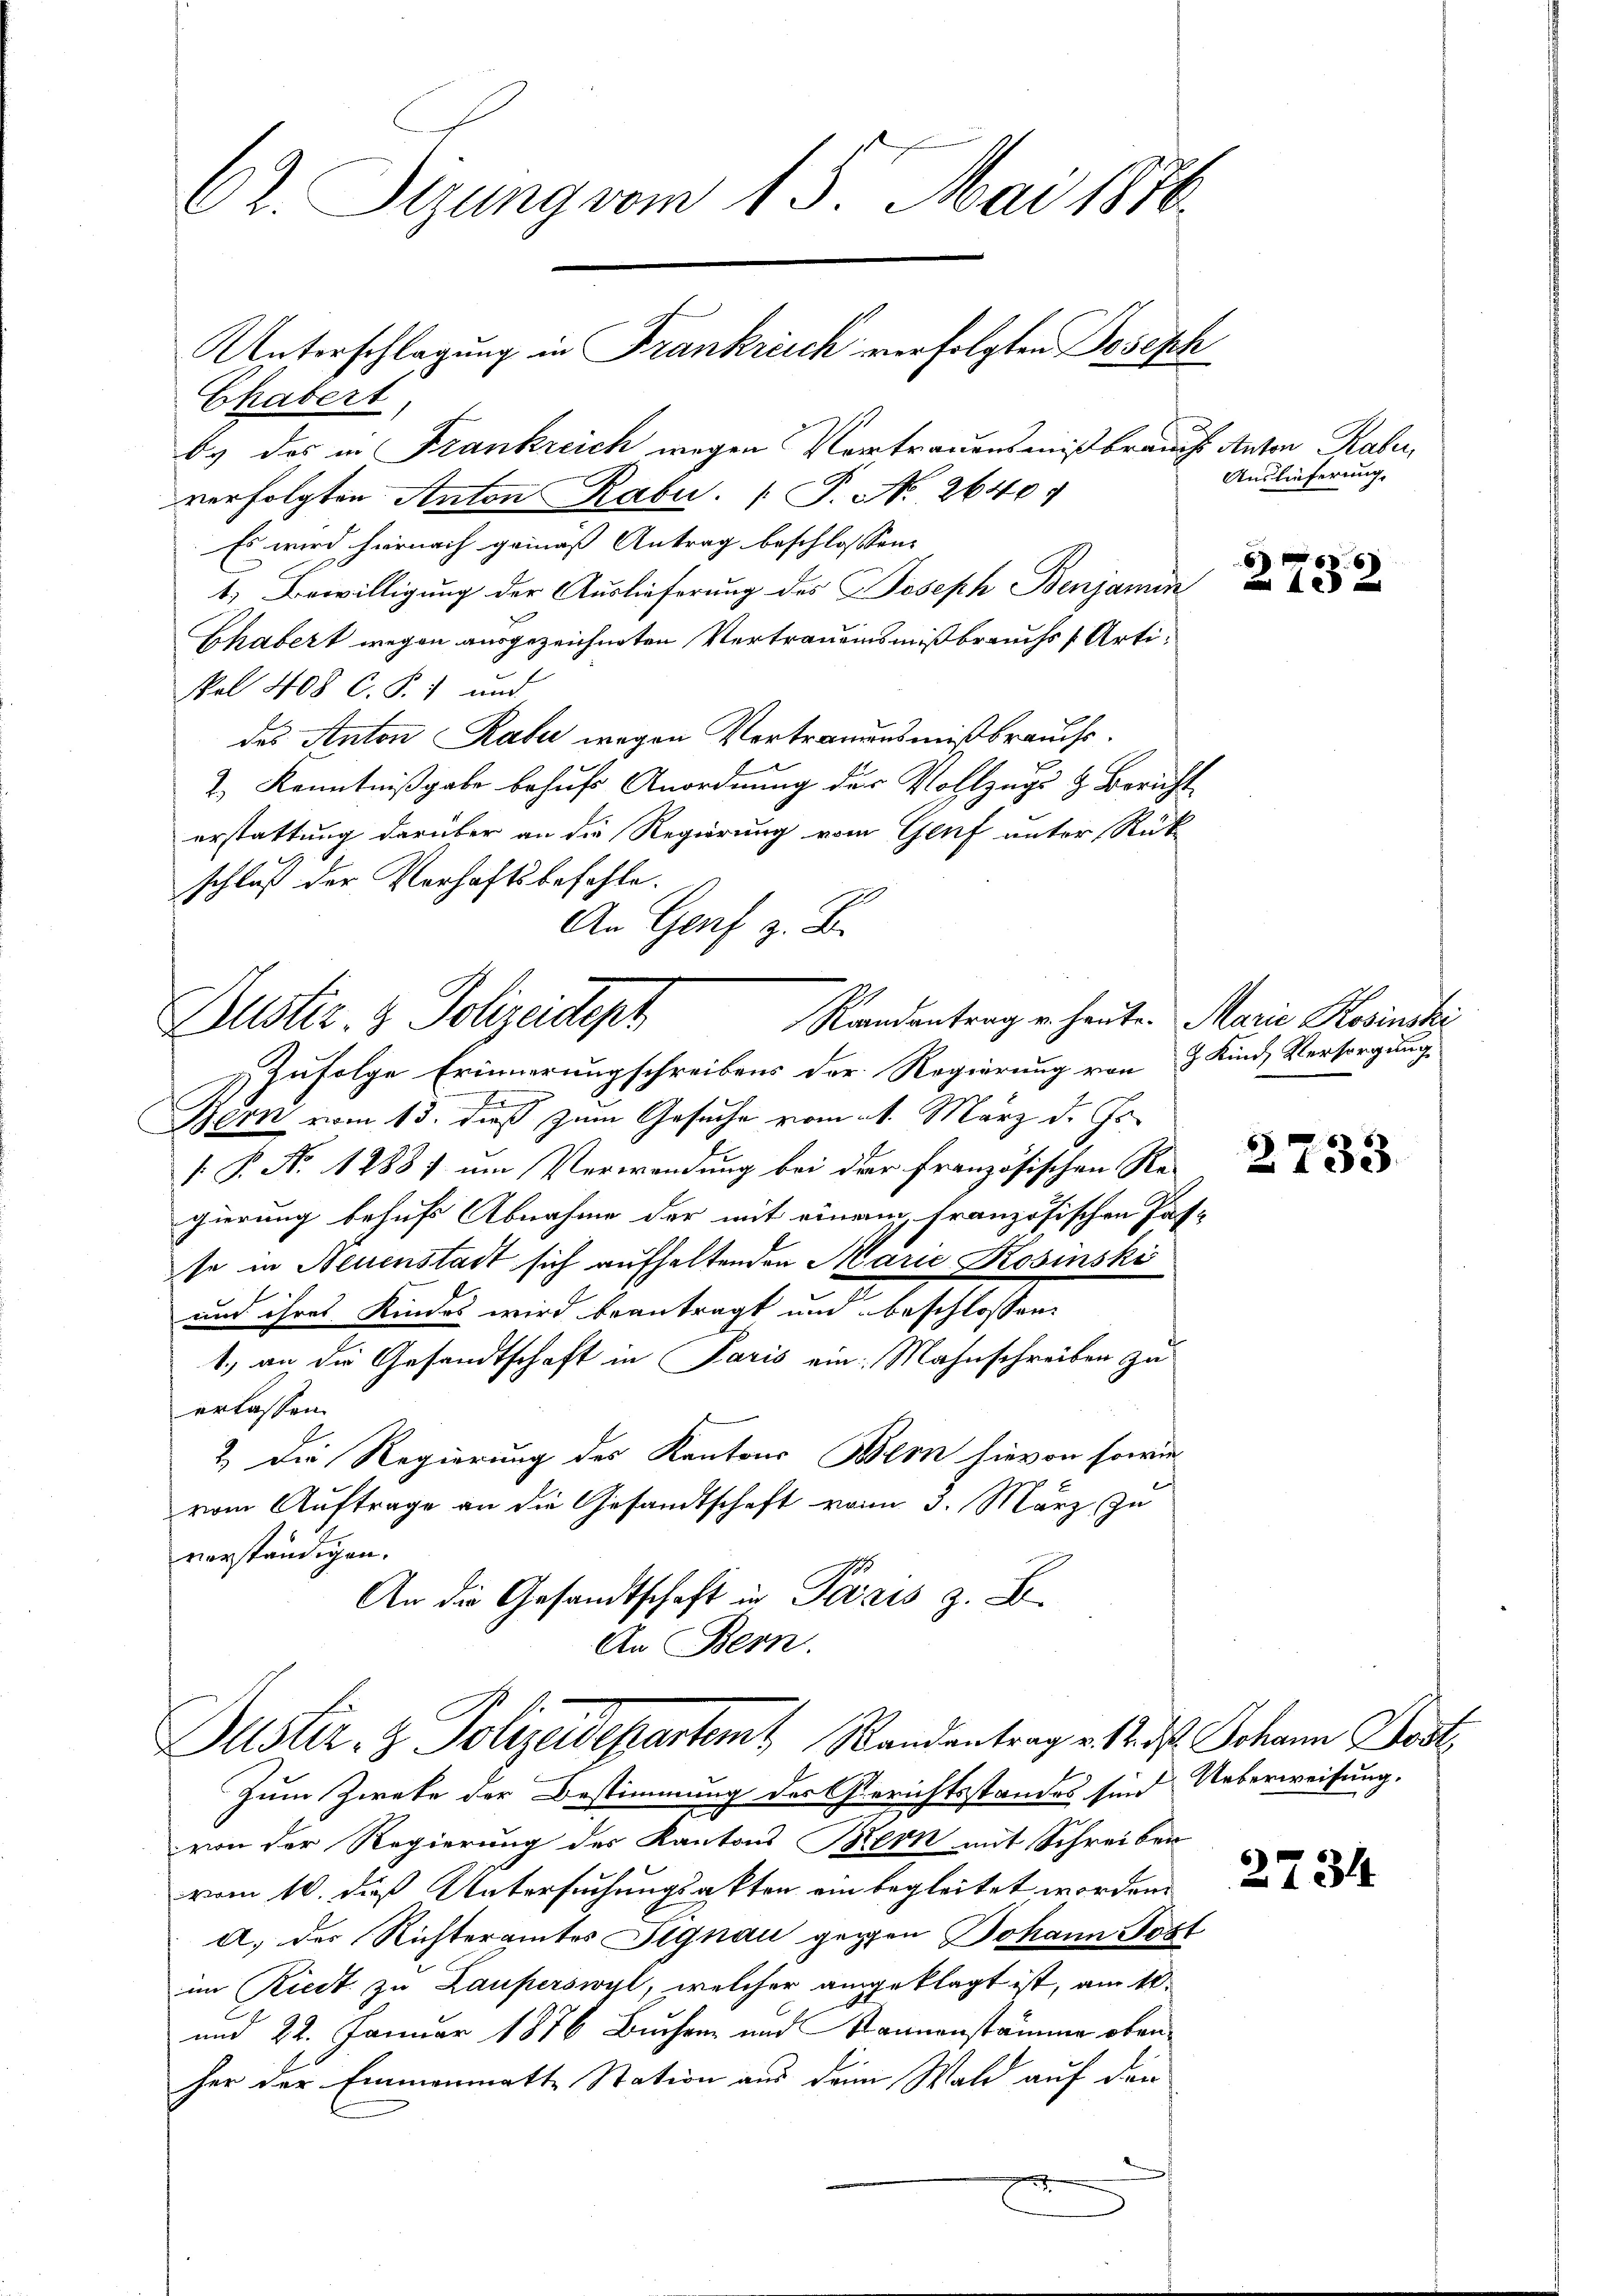
62. Sizung vom 15. Mai 1870.
Unterschlagung in Frankreich verfolgten Joseph
Chabert,
b. das in Frankreich wegen Vertrauensmißbrauchs Anton Raber,
verfolgten Anton Rabu. (T. No. 2640.
Es wird hiernach gemäß Antrag beschlossen:

1) Bewilligung der Auslieferung des Joseph Benjamin
Ghabert wegen ausgezeichneten Vertrauensmißbrauchs Arti¬
Wal 408 C. P. 1 und
das Anton Rabe wegen Vertrauensmißbrauchs¬
2.) Kenntnißgabe behufs Anordnung der Vollzugs- & Bericht
erstattung darüber an die Regierung vom Genf unter Rükschluß der Verhaftsbefehle.
An Genf z. B.
Randantrag u. heute. Marie Kosinski
Justiz- & Polizeident
Zufolge Erinnerungschreibens der Regierung von 3 Kind, Versorgung
E
Bern vom 13. dieß zum Gesuche vom 21. März d. Js.
. P. Nr. 12881 um Verwendung bei der Französischen Re
gierung behufs Abnahme der mit einem französischen Pas
se in Neuenstadt sich aufhaltenden Marie Kosinski
und ihres Kindes wird beantragt und beschlossen:
1.) an die Gesandtschaft in Paris ein: Mahnschreiben zu
erlassen.
2. Die Regierung des Kantons Bern hievon sowie
vom Auftrage an die Gesandtschaft vom 3. März zu
vorständigen.
An die Gesandtschaft in Pizzis z. B.

An Bern.
Justiz- & Polizeidepartemt, Randantrag v. 12. ds Johann Post

Auslieferung.

Zum Zweke der Bestimmung des Gerichtsstandes sind Ueberweisung.
von der Regierung des Kantons Bern mit Schreiben
vom 10. dieß Untersuchungsakten ein begleitet worden.
a. der Richteramtes Signau gegen Johann Post
im Riedt zu Lauperswyl, welcher angeklagt ist, am 10.
und 22. Januar 1876 Buchen und Kannenstämme oben
her der Emmenmatte Station aus dem Wald auf den
e

2732

2734